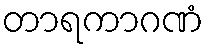
တာရကာဂဏံ